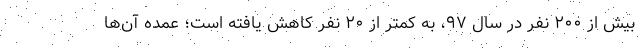
بیش از ۲۰۰ نفر در سال ۹۷، به کمتر از ۲۰ نفر کاهش یافته است؛ عمده آن‌ها